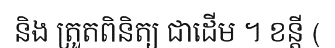
និង ត្រួតពិនិត្យ ជាដើម ។ ខន្តី (